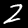
Label: 2